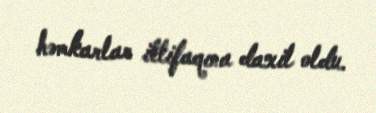
həmkarlar ittifaqına daxil oldu.